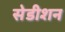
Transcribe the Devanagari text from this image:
सेडीशन